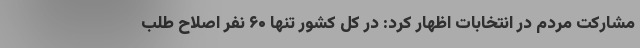
مشارکت مردم در انتخابات اظهار کرد: در کل کشور تنها ۶۰ نفر اصلاح طلب